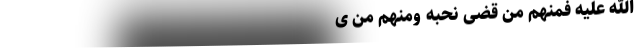
اللَّهَ عَلَیْهِ فَمِنْهُمْ مَنْ قَضَی نَحْبَهُ وَمِنْهُمْ مَنْ ی